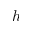
h